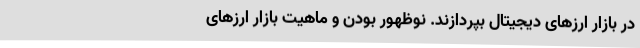
در بازار ارزهای دیجیتال بپردازند. نوظهور بودن و ماهیت بازار ارزهای